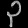
Digit: ၃